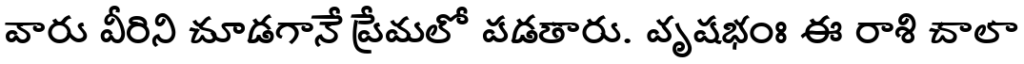
వారు వీరిని చూడగానే ప్రేమలో పడతారు. వృషభంః ఈ రాశి చాలా